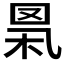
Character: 𦊻